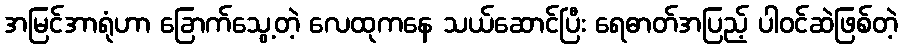
အမြင်အာရုံဟာ ခြောက်သွေ့တဲ့ လေထုကနေ သယ်ဆောင်ပြီး ရေဓာတ်အပြည့် ပါဝင်ဆဲဖြစ်တဲ့